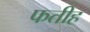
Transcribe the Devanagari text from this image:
फतीह